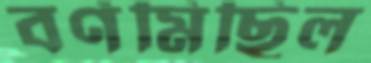
বর্ণমিছিল